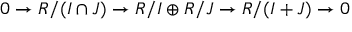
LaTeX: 0 \to R / ( I \cap J ) \to R / I \oplus R / J \to R / ( I + J ) \to 0